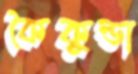
কৈকুন্ডা